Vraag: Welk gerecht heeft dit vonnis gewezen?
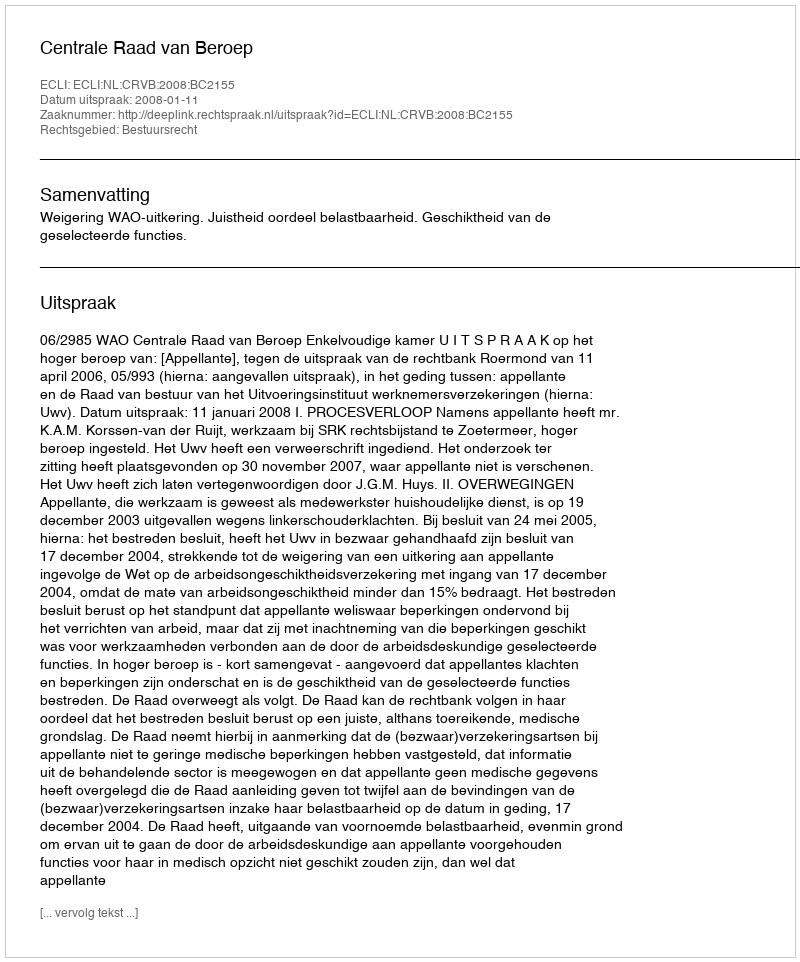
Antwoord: Centrale Raad van Beroep